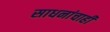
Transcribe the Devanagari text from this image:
साधनांचाही